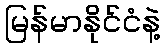
မြန်မာနိုင်ငံနဲ့